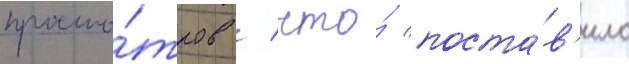
просмо́тров / что́ поста́в'ило